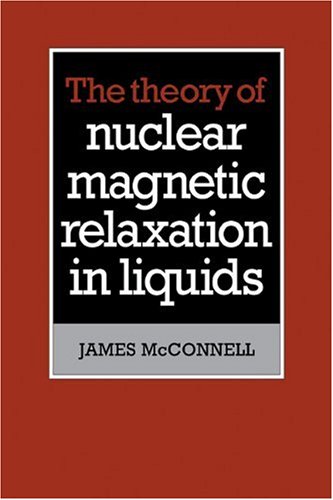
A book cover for The Theory of Nuclear Magnetic Relaxation in Liquids; James McConnell; Science & Math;